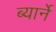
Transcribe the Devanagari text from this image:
ब्यार्ने